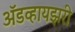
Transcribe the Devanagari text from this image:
अॅडव्हायझरी